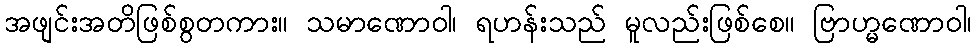
အဖျင်းအတိဖြစ်စွတကား။ သမာဏောဝါ၊ ရဟန်းသည် မူလည်းဖြစ်စေ။ ဗြာဟ္မဏောဝါ၊